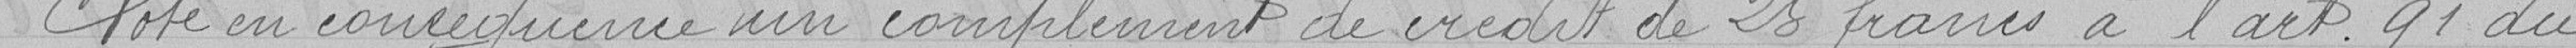
Vote en conséquence un complément de crédit de 25 francs à l'art. 41 du